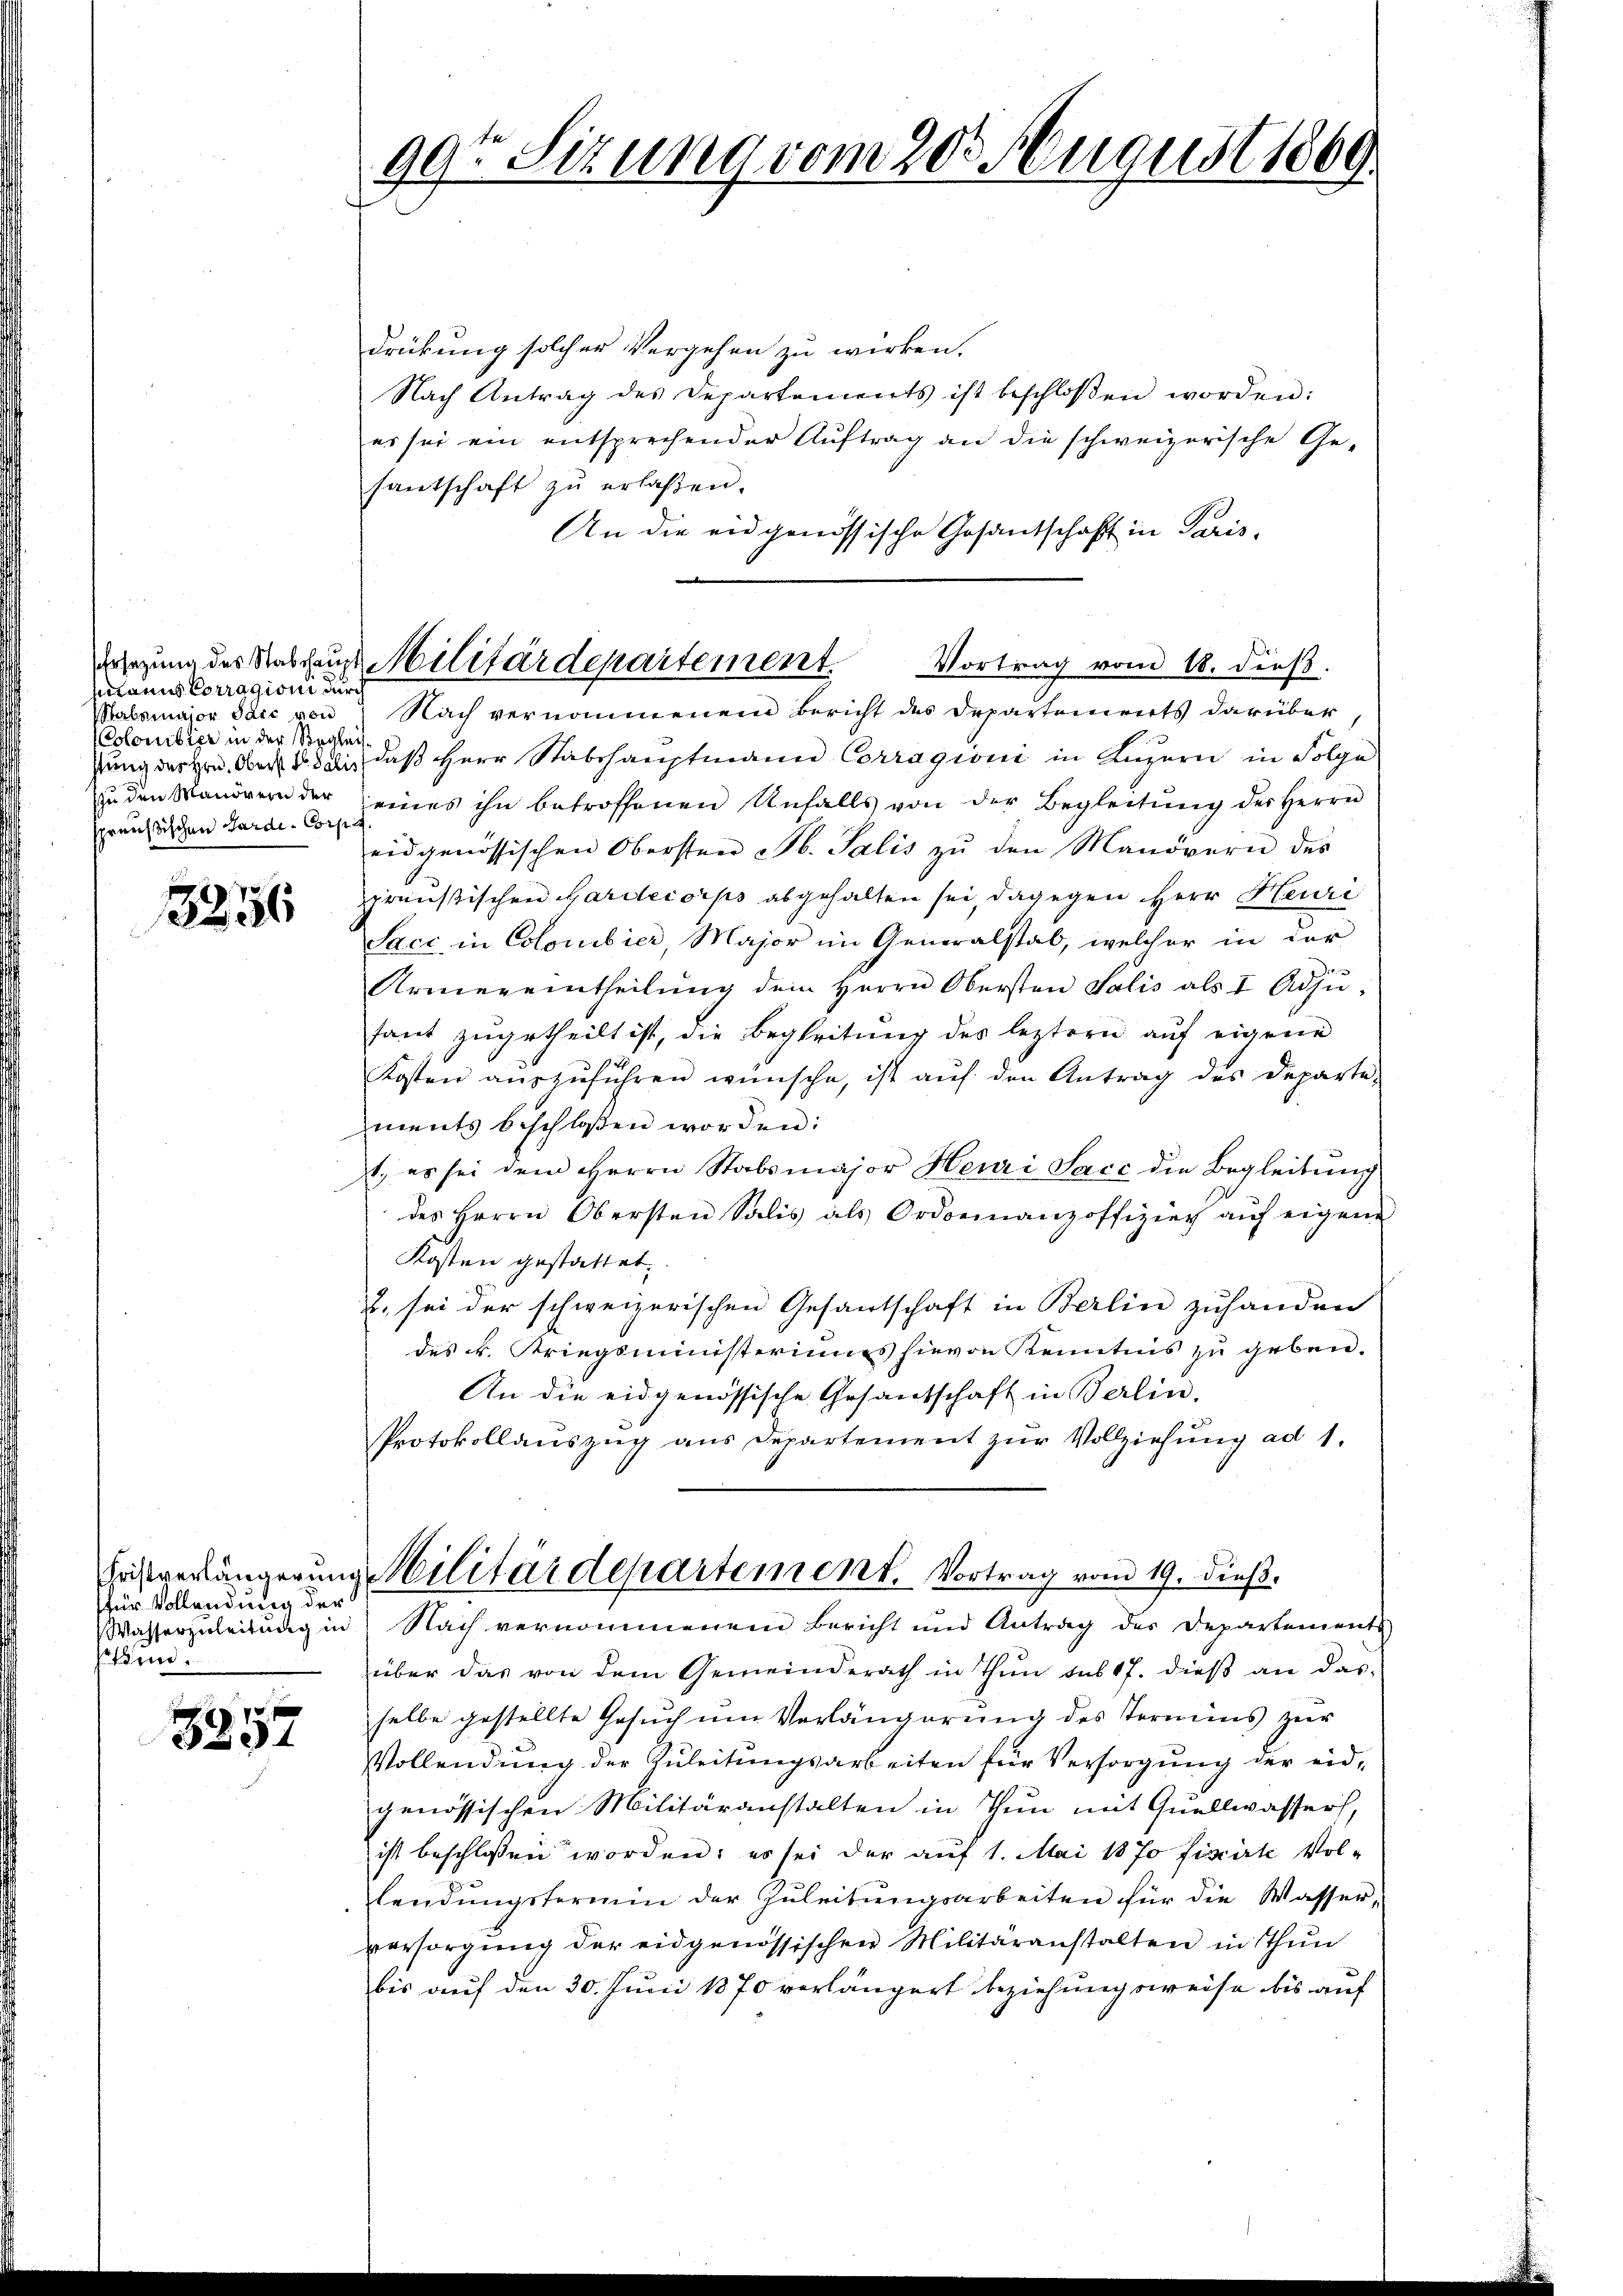
manns Corragioni durch
abemajor Saić von
Colonibier in der Begleichzu den Manövern der
preußischen Garde-Corp

3256

für Vollendung der
Bin.

3257

99ten Sizung vom 20. August 1809.

drückung solcher Vergehen zu wirken.
Nach Antrag des Departements ist beschloßen worden:
es sei ein entsprechender Aŭftrag an die schweizerische Ge-
santschaft zŭ erlaßen.
An die eidgenössische Gesandtschaft in Paris,
Nach vernommenem Bericht des Departements darüber
sung des Hrn. Oberst an, daß Herr Stabshauptmann Corragioni in Luzern in Folge
eines ihn betroffenen Unfalls von der Begleitŭng des Herrn
eidgenössischen Obersten Jb. Salis zŭ den Manövern des
preußischen Gardecorps abgehalten sei, dagegen Herr Heuri
Saci, in Colomibier, Major im Generalstab, welcher in der
Armereintheilŭng dem Herrn Obersten Salis als I Adju-
sant zugetheilt ist, die Begleitŭng des leztern aŭf eigene
Kosten aŭszŭführen wünsche, ist aŭf den Antrag des Departe-
ments beschlossen worden:
1., es sei dem Herrn Stabsmajor Heuri Sacc die Begleitung
des Herrn Obersten Salis als Ordonnanzoffizier auf eigene
Kosten gestattet.
, sei der schweizerischen Gesantschaft in Berlin zuhanden
des k. Kriegsministeriums hievon Kenntnis zu geben.
An die eidgenössische Gesandschaft in Berlin,
Protokollaŭszŭg ans Departement zŭr Vollziehŭng ad 1.
Fristverlängerung Militärdepartement. Vortrag vom 19. dieß.
Wasserzuleitung in Nach vernommenem Bericht und Antrag des Departements
über das von dem Gemeinderath in Thun sub 17. dieβ an das
selbe gestellte Gesuch um Verlängerung des Termins zur
Vollendung der Zuleitungsarbeiten für Versorgung der eidgenössischen Militäranstalten in Thun mit Quellwassers,
ist beschlossen worden; es sei der auf 1. Mai 1870 fiscirte Vol-
lendungsformin der Zuleitungsarbeiten für die Wasser-
versorgŭng der eidgenössischen Militäranstalten in Thun
bis auf den 30. Juni 1870 verlängert beziehungsweise bis auf

drsezung der Stabsaus Militärdepartement. Vortrag vom 18. dieß.